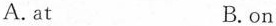
A.at B.on